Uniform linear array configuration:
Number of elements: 24
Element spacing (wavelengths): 0.75
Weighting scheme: hamming
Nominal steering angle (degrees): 30
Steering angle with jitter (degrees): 30.749
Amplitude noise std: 0.05
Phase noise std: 0.05

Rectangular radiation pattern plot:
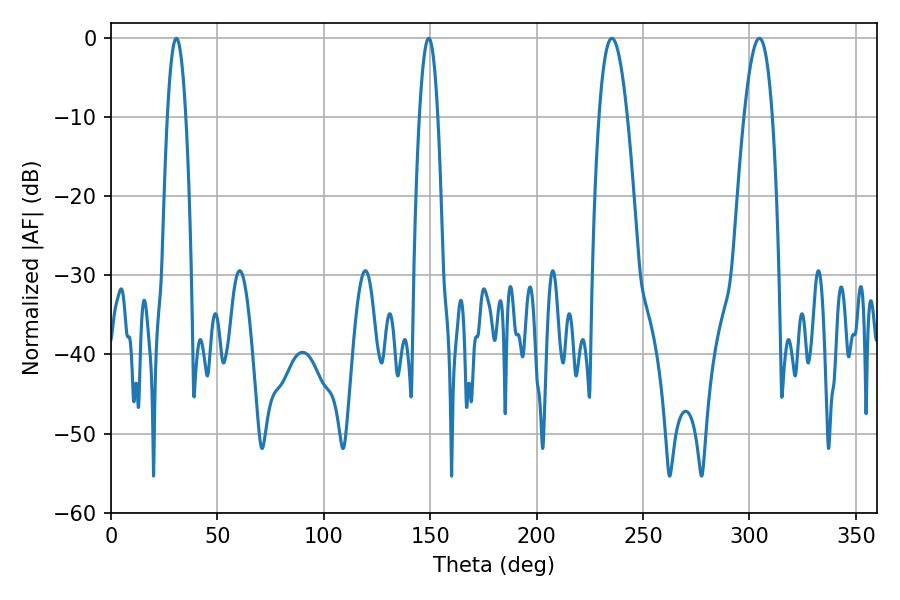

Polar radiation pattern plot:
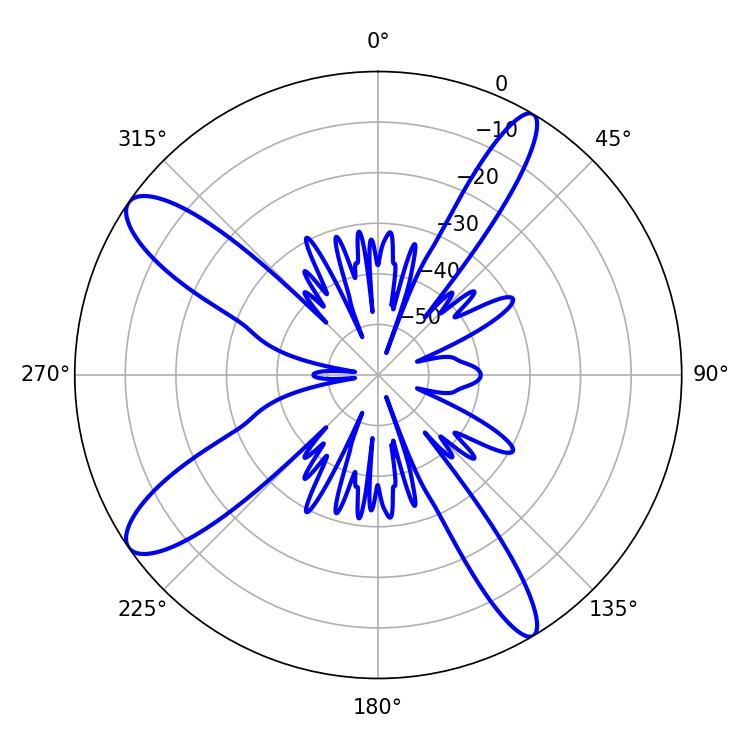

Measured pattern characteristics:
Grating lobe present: TRUE
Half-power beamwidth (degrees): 7.38
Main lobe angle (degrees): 235.26